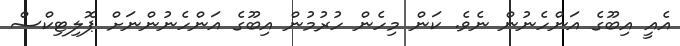
އެއީ އިބޫގެ އަންހެނުން ނެވެ. ކަން މިހެން ހުރުމުން އިބޫގެ އަންހެނުންނަށް ޕޮލިޓިކްސް